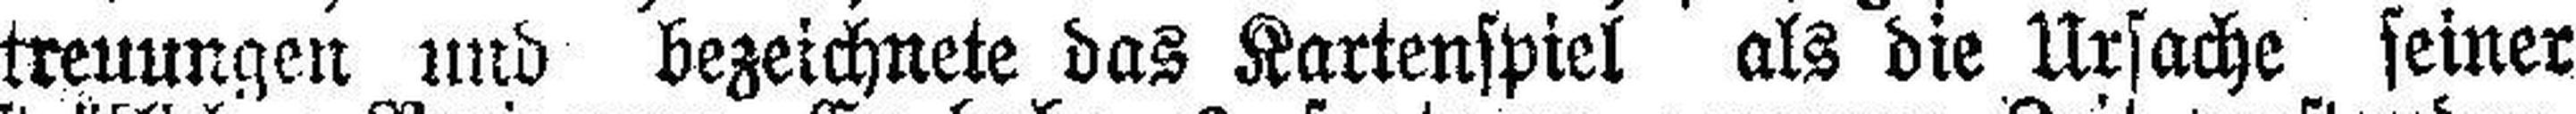
treuungen und bezeichnete das Kartenspiel als die Ursache seiner